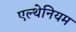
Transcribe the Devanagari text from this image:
एल्थेनियम